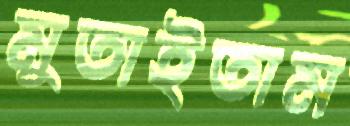
মুতাইতাম